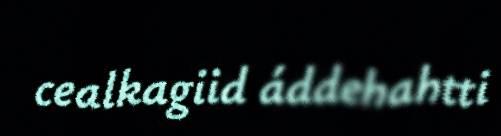
cealkagiid áddehahtti